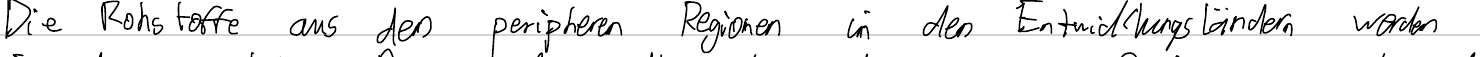
Die Rohstoffe aus den peripheren Regionen in den Entwicklungsländern werden